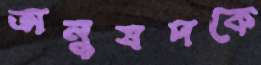
অনুষদকে